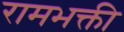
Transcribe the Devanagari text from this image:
रामभक्ती